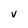
Character: v